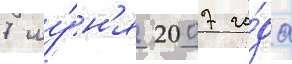
7 иу́н'я 2007 го́да